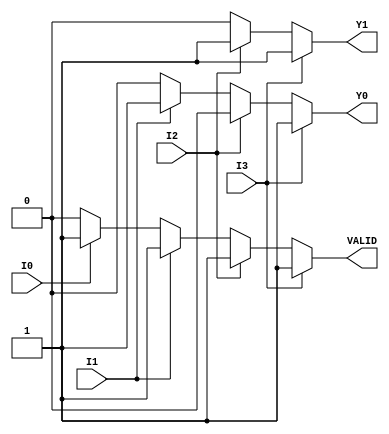
module encoder_4to2 (
    input wire I0,  // Input 0
    input wire I1,  // Input 1
    input wire I2,  // Input 2
    input wire I3,  // Input 3
    output reg Y1,  // Output 1
    output reg Y0,  // Output 0
    output reg VALID // Valid output
);

always @(*) begin
    // Default values
    Y1 = 1'b0;
    Y0 = 1'b0;
    VALID = 1'b0;

    // Check inputs for encoding
    if (I3) begin
        Y1 = 1'b1;  // Highest priority
        Y0 = 1'b1;
        VALID = 1'b1;
    end else if (I2) begin
        Y1 = 1'b1;
        Y0 = 1'b0;
        VALID = 1'b1;
    end else if (I1) begin
        Y1 = 1'b0;
        Y0 = 1'b1;
        VALID = 1'b1;
    end else if (I0) begin
        Y1 = 1'b0;
        Y0 = 1'b0;
        VALID = 1'b1;
    end else begin
        // All inputs are low
        VALID = 1'b0; // Output is not valid
    end
end

endmodule